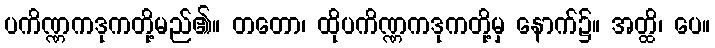
ပကိဏ္ဏကဒုကတို့မည်၏။ တတော၊ ထိုပကိဏ္ဏကဒုကတို့မှ နောက်၌။ အတ္ထိ၊ ပေ။